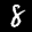
Label: 8